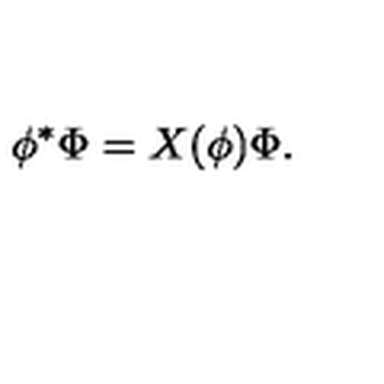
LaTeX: \phi ^ { \ast } \Phi = X ( \phi ) \Phi .